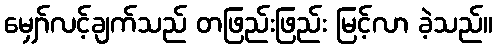
မျှော်လင့်ချက်သည် တဖြည်းဖြည်း မြင့်လာ ခဲ့သည်။